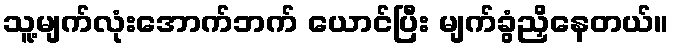
သူ့မျက်လုံးအောက်ဘက် ယောင်ပြီး မျက်ခွံညှိနေတယ်။